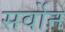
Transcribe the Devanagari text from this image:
सर्वोन